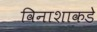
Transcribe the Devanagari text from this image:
विनाशाकडे